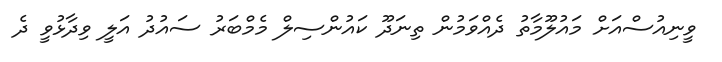
ވީނިއުސްއަށް މައުލޫމާތު ދެއްވަމުން ތިނަދޫ ކައުންސިލް މެމްބަރު ސައުދު އަލީ ވިދާޅުވީ ދެ